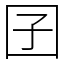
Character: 囝